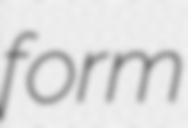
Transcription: form